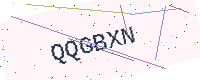
Text: QQGBXN